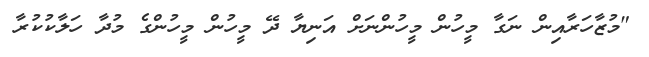
"މުޒާހަރާއިން ނަގާ މީހުން މީހުންނަށް އަނިޔާ ދޭ މީހުން މީހުންގެ މުދާ ހަލާކުކުރާ